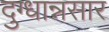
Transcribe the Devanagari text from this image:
दुग्धान्नसार